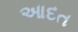
આદત